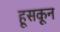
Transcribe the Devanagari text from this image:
हूसकून